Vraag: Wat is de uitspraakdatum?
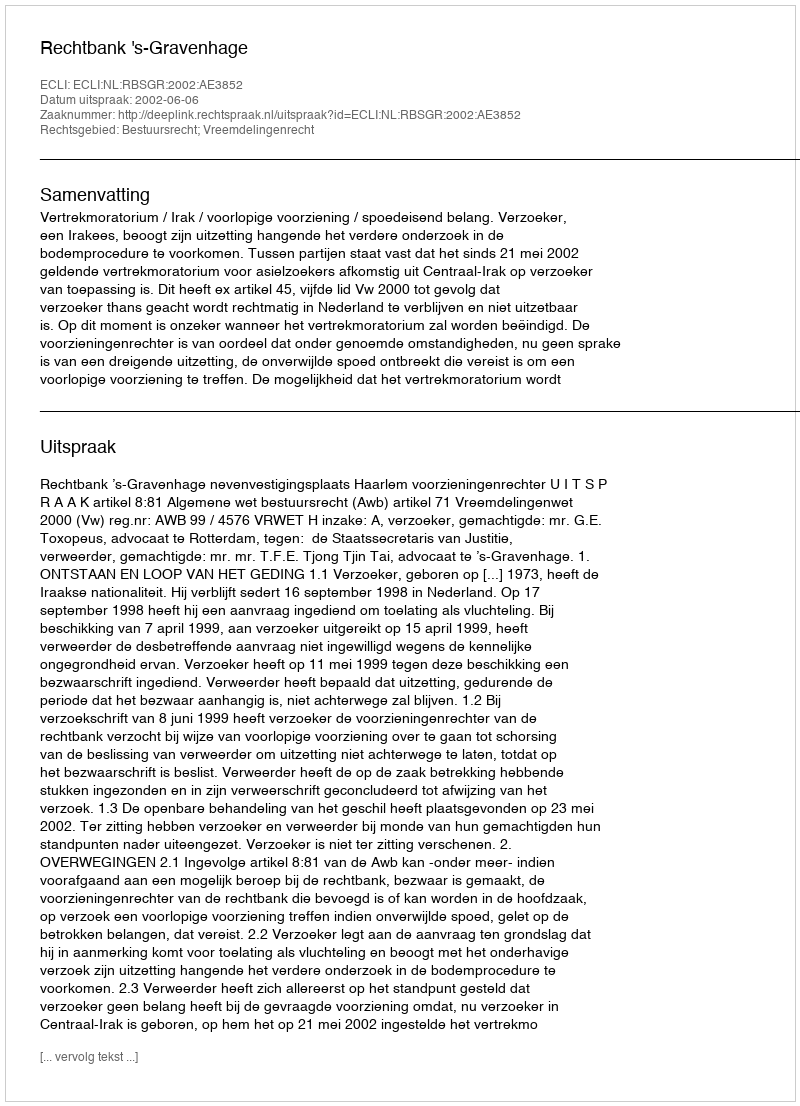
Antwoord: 2002-06-06